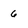
Character: 6